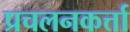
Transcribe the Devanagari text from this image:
प्रचलनकर्त्ता